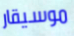
موسيقار